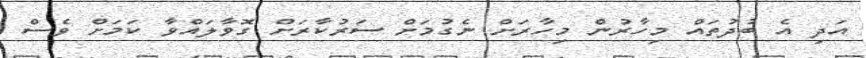
އަދި އެ ބުދުތައް މިހާރުން މިހާރަށް ނެގުމަށް ސަރުކާރަށް ގޮވާލައްވާ ކަމަށް ވެސް